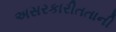
અસરકારીતતાની